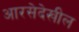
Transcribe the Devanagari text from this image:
आरसेदेखील